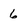
Character: 6